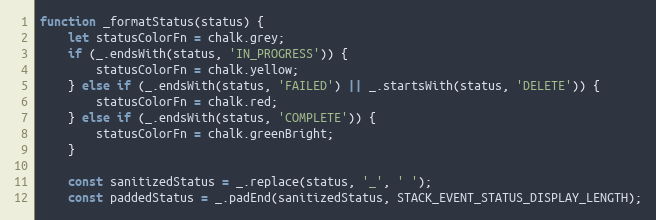
Language: JavaScript
function _formatStatus(status) {
    let statusColorFn = chalk.grey;
    if (_.endsWith(status, 'IN_PROGRESS')) {
        statusColorFn = chalk.yellow;
    } else if (_.endsWith(status, 'FAILED') || _.startsWith(status, 'DELETE')) {
        statusColorFn = chalk.red;
    } else if (_.endsWith(status, 'COMPLETE')) {
        statusColorFn = chalk.greenBright;
    }

    const sanitizedStatus = _.replace(status, '_', ' ');
    const paddedStatus = _.padEnd(sanitizedStatus, STACK_EVENT_STATUS_DISPLAY_LENGTH);